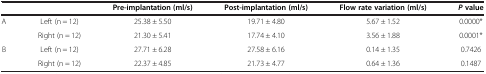
<table><thead><tr><td><b> </b></td><td><b> </b></td><td><b>Pre-implantation (ml/s)</b></td><td><b>Post-implantation (ml/s)</b></td><td><b>Flow rate variation (ml/s)</b></td><td><b><i>P </i>value</b></td></tr></thead><tbody><tr><td rowspan="2">A</td><td>Left (n = 12)</td><td>25.38 ± 5.50</td><td>19.71 ± 4.80</td><td>5.67 ± 1.52</td><td>0.0000*</td></tr><tr><td>Right (n = 12)</td><td>21.30 ± 5.41</td><td>17.74 ± 4.10</td><td>3.56 ± 1.88</td><td>0.0001*</td></tr><tr><td>B</td><td>Left (n = 12)</td><td>27.71 ± 6.28</td><td>27.58 ± 6.16</td><td>0.14 ± 1.35</td><td>0.7426</td></tr><tr><td> </td><td>Right (n = 12)</td><td>22.37 ± 4.85</td><td>21.73 ± 4.77</td><td>0.64 ± 1.36</td><td>0.1487</td></tr></tbody></table>